Kallis,_Oskar, lk 5
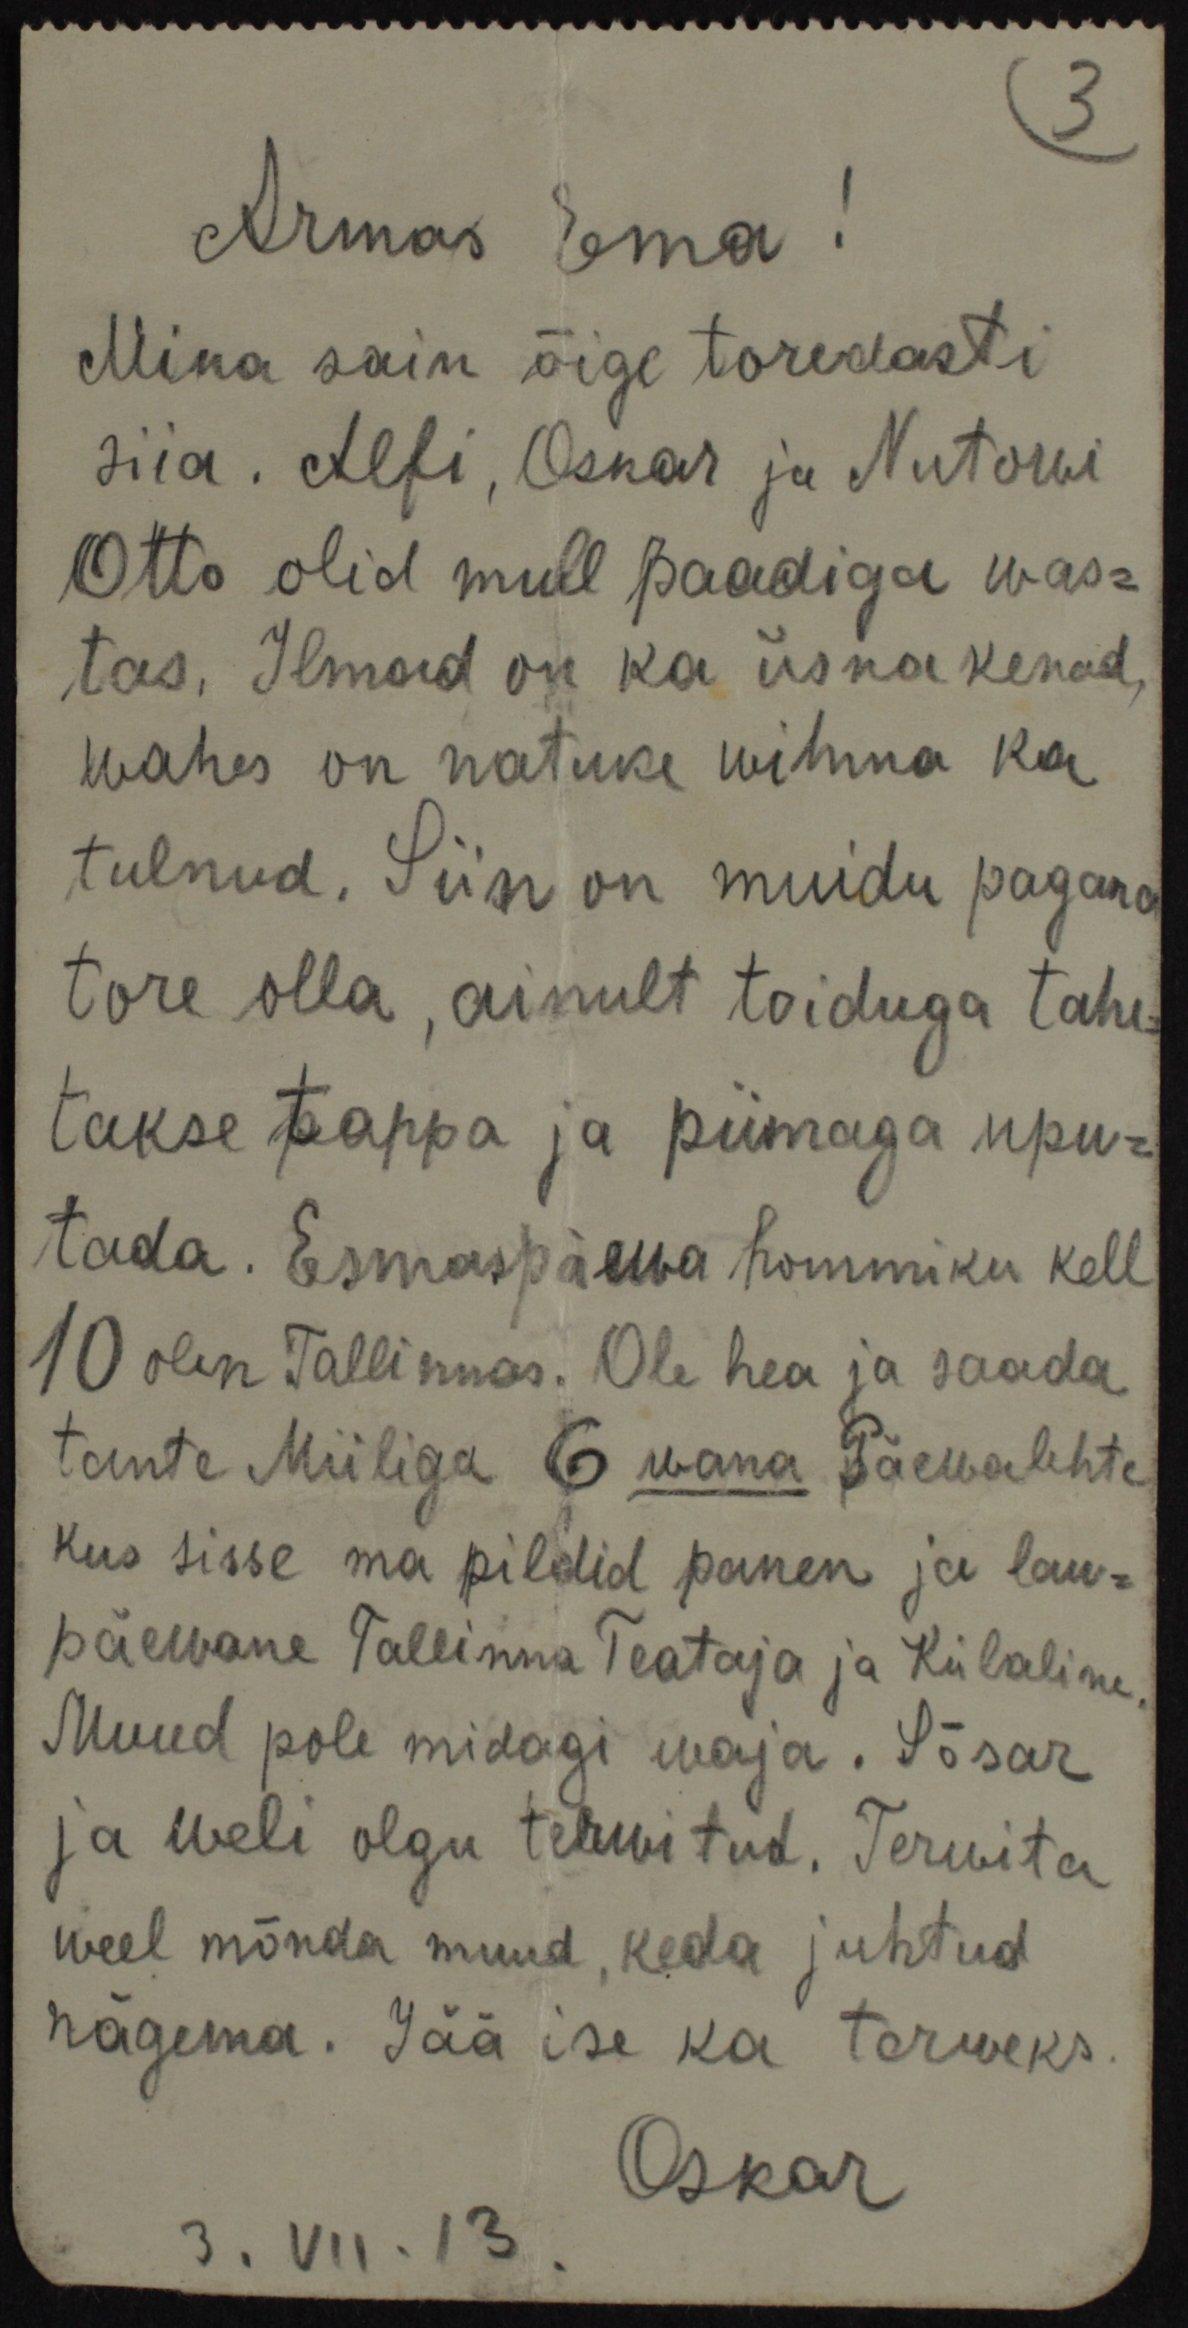
Armas Ema!
Mina sain õige toredasti
siia. Alfi, Oskar ja Nutorui
Otto olid mull paadiga was-
tas. Ilmad on ka üsna kenad,
wahes on natuke wihma ka
tulnud. Siin on muidu pagana
tore olla, ainult toiduga tahe-
takse pappa ja piimaga upu-
tada. Esmaspäewa hommiku kell
10 olen Tallinnas. Ole hea ja saada
tante Miiliga 6 wana Päewalehte
kus sisse ma pildid panen ja lau-
päewane Tallinna Teataja ja Külaline
Muud pole midagi waja. Sõsar
ja weli olgu terwitud. Terwita
weel mõnda muud, keda juhtud
nägema. Jää ise ka terweks
Oskar
3.VII.13.